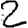
Digit: 2